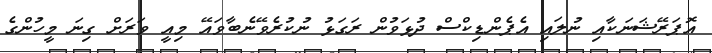
އޮޕަރޭޝަނަކާއި ނުލައި އެޕެންޑިކްސް ދުޅަވުން ރަގަޅު ނުކުރެވޭނެބާވައޭ މިއީ ވަރަށް ގިނަ މީހުންގެ